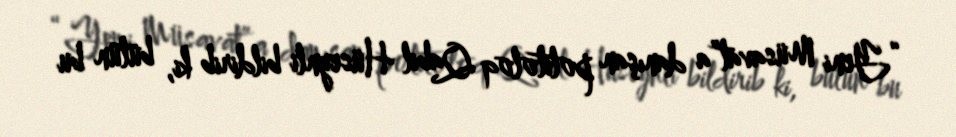
“Yeni Müsavat”a danışan politoloq Qabil Hüseynli bildirib ki, bütün bu